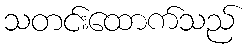
သတင်းထောက်သည်